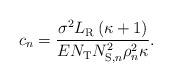
LaTeX: \begin{align*} c_n= {{{\frac{{{\sigma ^2}L_{\rm R}\left( {\kappa + 1} \right)}}{{E{N_{\rm{T}}}N_{{\rm{S}},n}^2\rho _n^2\kappa }}}}}.\end{align*}